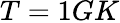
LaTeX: T=1GK